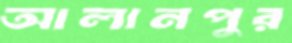
আলানপুর